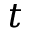
t